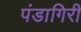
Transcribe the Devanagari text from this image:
पंडागिरी